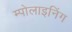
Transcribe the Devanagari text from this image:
म्पोलाइनिंग